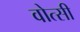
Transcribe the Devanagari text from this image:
वोत्सी